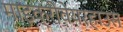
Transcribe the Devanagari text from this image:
माइक्रोवेयरहाउस